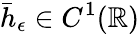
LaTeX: \bar{h}_{\epsilon}\in C^{1}(\mathbb{R})